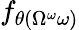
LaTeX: f_{\theta(\Omega^{\omega}\omega)}